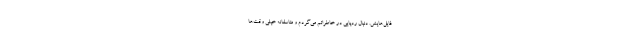
فایل‌هایش. دنبال ردپایی در خاطراتم می‌گردم و متاسفانه خیلی وقت‌ها